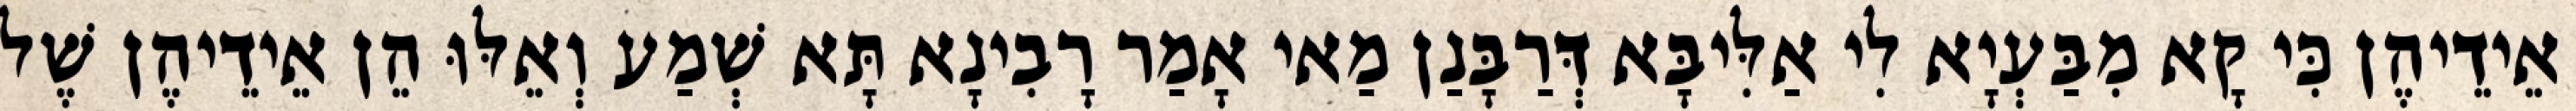
אֵידֵיהֶן כִּי קָא מִבַּעְיָא לִי אַלִּיבָּא דְּרַבָּנַן מַאי אָמַר רָבִינָא תָּא שְׁמַע וְאֵלּוּ הֵן אֵידֵיהֶן שֶׁל